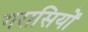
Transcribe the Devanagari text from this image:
गरासियों